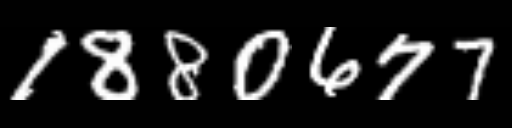
Text: 1880677